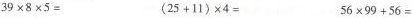
$$3 9 \times 8 \times 5 =$$ $$( 2 5 + 1 1 ) \times 4 =$$ $$5 6 \times 9 9 + 5 6 =$$